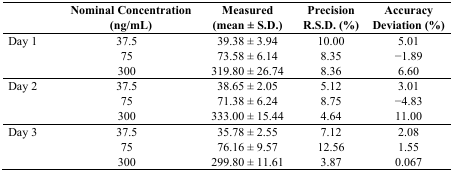
|  | Nominal Concentration (ng/mL) | Measured (mean ± S.D.) | Precision R.S.D. (%) | Accuracy Deviation (%) |
 | --- | --- | --- | --- | --- |
 | Day 1 | 37.5 | 39.38 ± 3.94 | 10.00 | 5.01 |
 |  | 75 | 73.58 ± 6.14 | 8.35 | −1.89 |
 |  | 300 | 319.80 ± 26.74 | 8.36 | 6.60 |
 | Day 2 | 37.5 | 38.65 ± 2.05 | 5.12 | 3.01 |
 |  | 75 | 71.38 ± 6.24 | 8.75 | −4.83 |
 |  | 300 | 333.00 ± 15.44 | 4.64 | 11.00 |
 | Day 3 | 37.5 | 35.78 ± 2.55 | 7.12 | 2.08 |
 |  | 75 | 76.16 ± 9.57 | 12.56 | 1.55 |
 |  | 300 | 299.80 ± 11.61 | 3.87 | 0.067 |